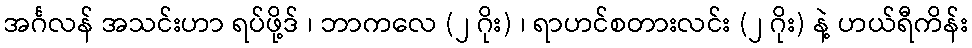
အင်္ဂလန် အသင်းဟာ ရပ်ဖို့ဒ် ၊ ဘာကလေ (၂ ဂိုး) ၊ ရာဟင်စတားလင်း (၂ ဂိုး) နဲ့ ဟယ်ရီကိန်း